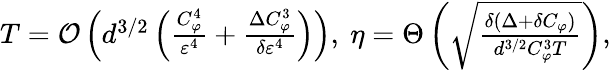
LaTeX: \begin{array}{r}{T={\mathcal{O}}\left(d^{3/2}\left(\frac{C_{\varphi}^{4}}{\varepsilon^{4}}+\frac{\Delta C_{\varphi}^{3}}{\delta\varepsilon^{4}}\right)\right),~\eta=\Theta\left(\sqrt{\frac{\delta(\Delta+\delta C_{\varphi})}{d^{3/2}C_{\varphi}^{3}T}}\right),}\end{array}